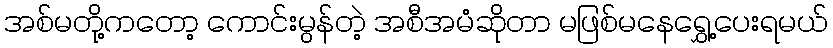
အစ်မတို့ကတော့ ကောင်းမွန်တဲ့ အစီအမံဆိုတာ မဖြစ်မနေရွှေ့ပေးရမယ်